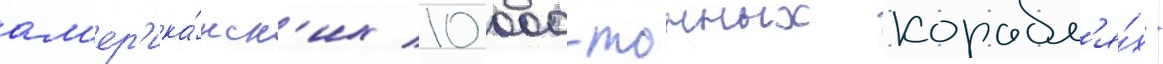
ам'ер'ика́нск'их 10 000-тонных корабл'я́х.